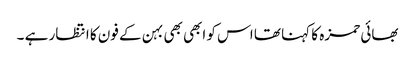
بھائی حمزہ کا کہنا تھا اس کو ابھی بھی بہن کے فون کا انتظار ہے ۔